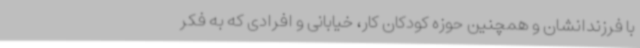
با فرزندانشان و همچنین حوزه کودکان کار، خیابانی و افرادی که به فکر